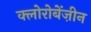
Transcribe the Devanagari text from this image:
क्लोरोबेंज़ीन